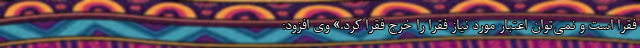
فقرا است و نمی‌توان اعتبار مورد نیاز فقرا را خرج فقرا کرد.» وی افزود: